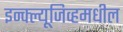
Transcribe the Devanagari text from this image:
इन्क्ल्यूजिव्हमधील